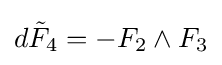
d{\tilde {F}}_{4}=-F_{2}\wedge F_{3}